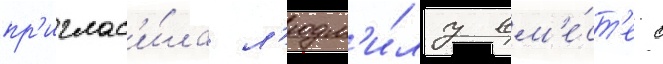
пр'иглас'и́ла л'юдм'и́лу вм'е́ст'е с